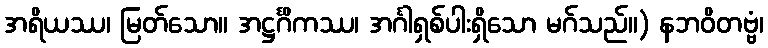
အရိယဿ၊ မြတ်သော။ အဋ္ဌင်္ဂိကဿ၊ အင်္ဂါရှစ်ပါးရှိသော မဂ်သည်။) နဘဝိတဗ္ဗံ၊